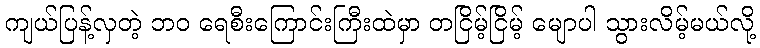
ကျယ်ပြန့်လှတဲ့ ဘဝ ရေစီးကြောင်းကြီးထဲမှာ တငြိမ့်ငြိမ့် မျောပါ သွားလိမ့်မယ်လို့